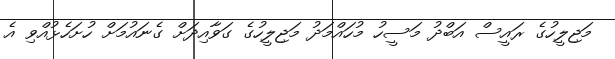
މަޖިލީހުގެ ރައީސް އަބްދު މަސީހު މުހައްމަދު މަޖިލީހުގެ ގަވާއިދަށް ގެނައުމަށް ހުށަހެޅުއްވި އެ